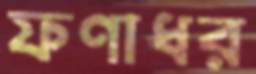
ফণাধর